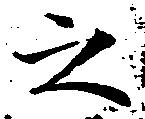
之